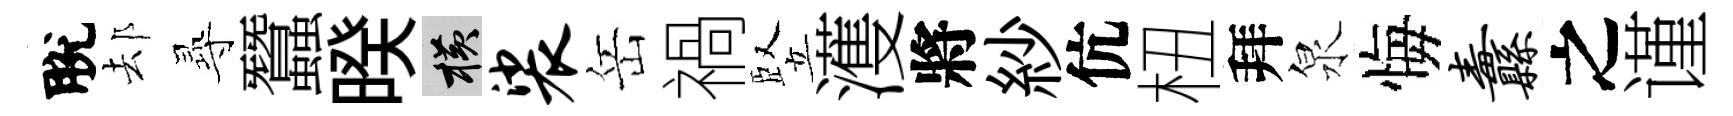
脫𨚫𡬶蠶暌横裟岳禍竪濩將紗伉杻拜泉悔纛之谨